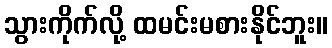
သွားကိုက်လို့ ထမင်းမစားနိုင်ဘူး။